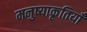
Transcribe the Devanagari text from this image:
मनुष्याकृतियाँ